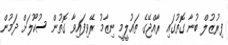
ފިރުޒުލް ބުނާ ގޮތުގައި ރާއްޖޭގެ ތައުލީމީ ނިޒާމު ރޭވިފައިވާ ގޮތުން ސުކޫލަށް ދަމުން